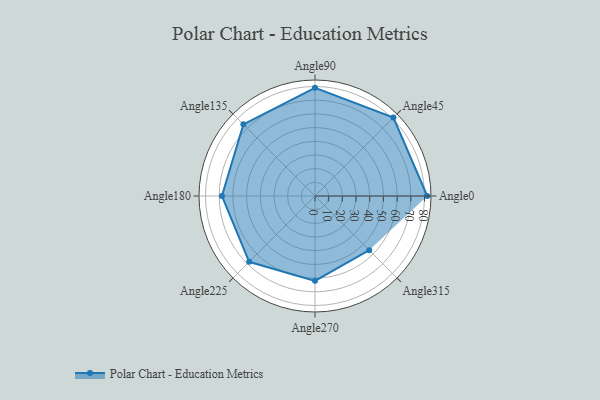
{"axis": {"x": "Angle", "y": "Radius"}, "legend": [""], "data": [{"x": "Angle0", "y": 82.0, "type": ""}, {"x": "Angle45", "y": 81.0, "type": ""}, {"x": "Angle90", "y": 79.0, "type": ""}, {"x": "Angle135", "y": 74.0, "type": ""}, {"x": "Angle180", "y": 68.0, "type": ""}, {"x": "Angle225", "y": 68.0, "type": ""}, {"x": "Angle270", "y": 62.0, "type": ""}, {"x": "Angle315", "y": 56.0, "type": ""}]}